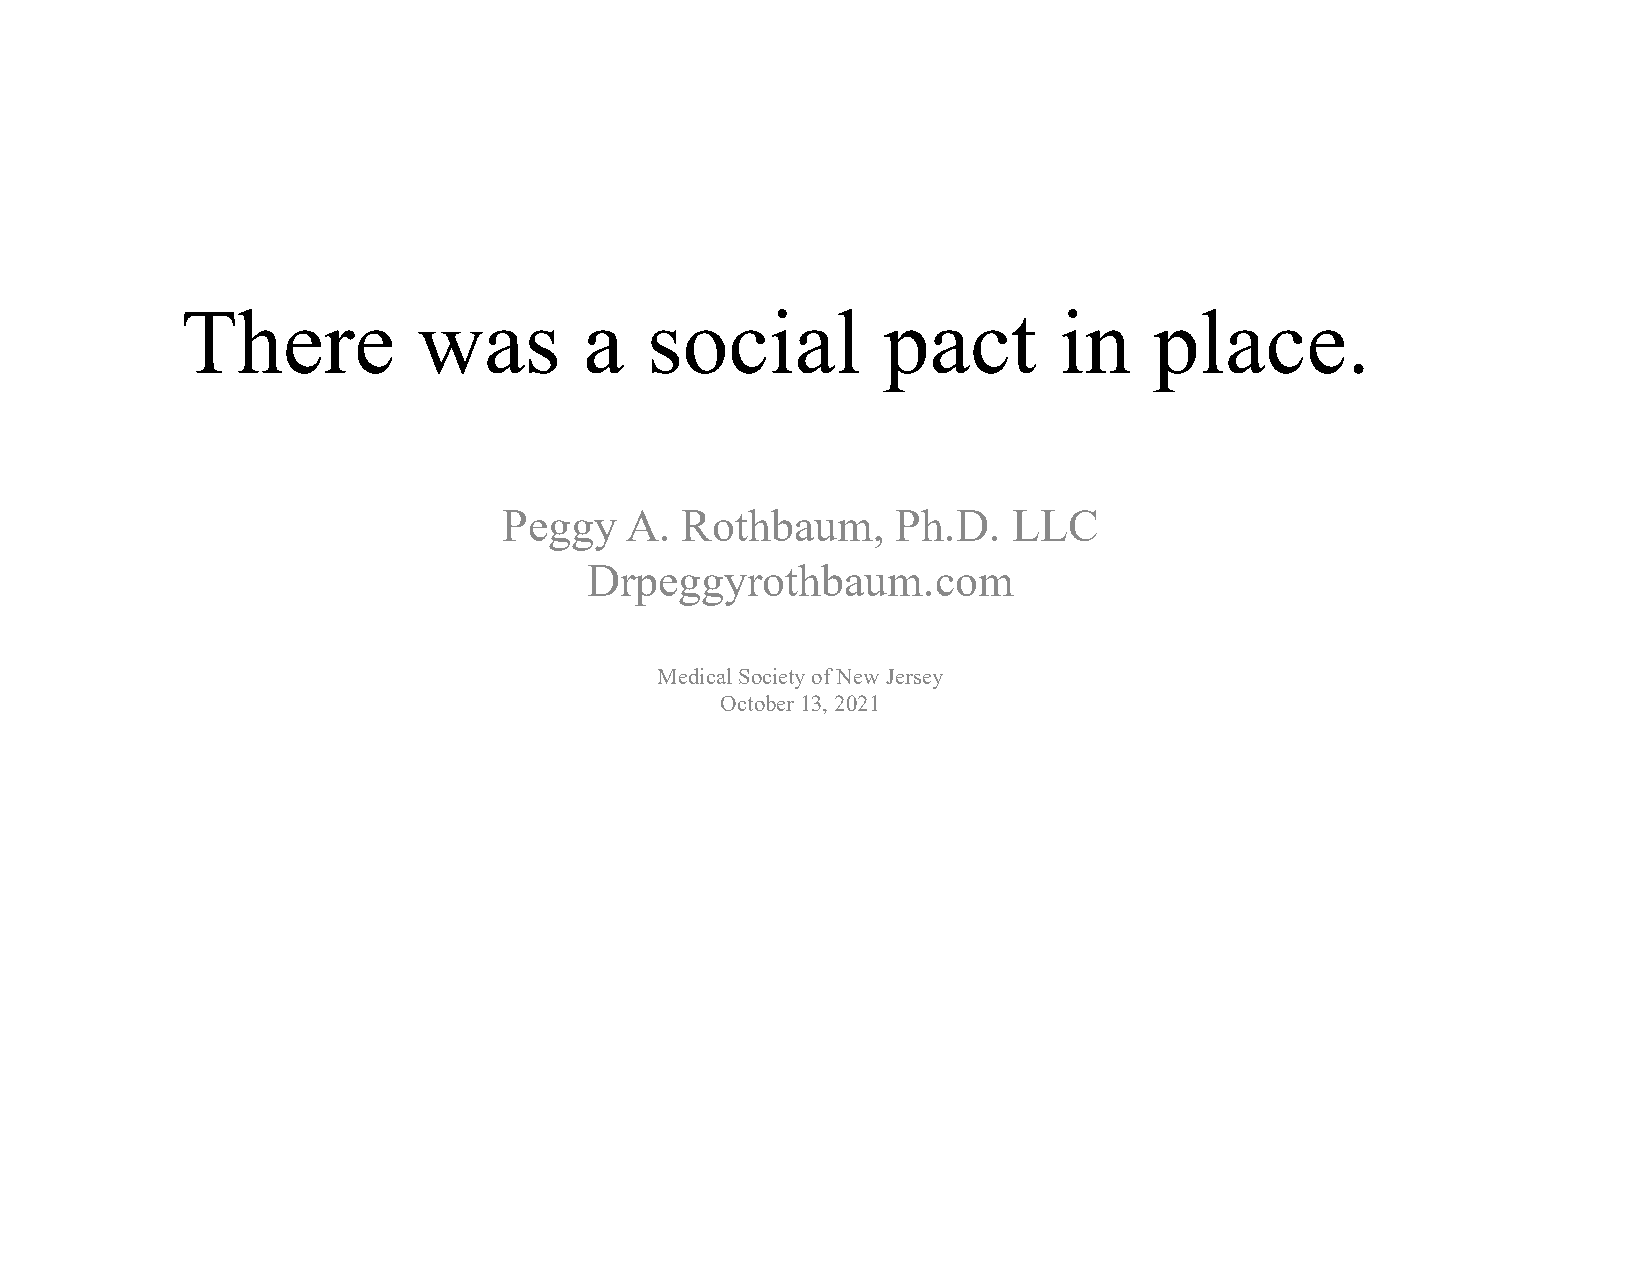
There           was        a   social         pact        in    place.
 Peggy   A.  Rothbaum,     Ph.D.   LLC
 Drpeggyrothbaum.com
 Medical Society of New Jersey
 October 13, 2021